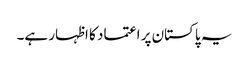
یہ پاکستان پر اعتماد کا اظہار ہے۔